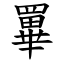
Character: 罼